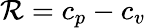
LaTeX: \mathcal{R}=c_{p}-c_{v}